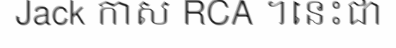
Jack កាស RCA ។នេះជា